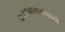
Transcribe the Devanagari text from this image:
चळवळ।माओवादी